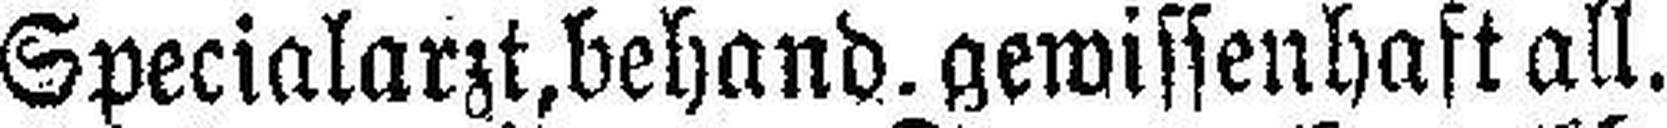
Specialarzt, behand. gewissenhaft all.